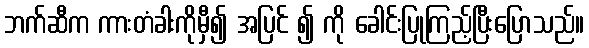
ဘက်ဆီက ကားတံခါးကိုမှီ၍ အပြင် ၍ ကို ခေါင်းပြုကြည့်ပြီးပြောသည်။